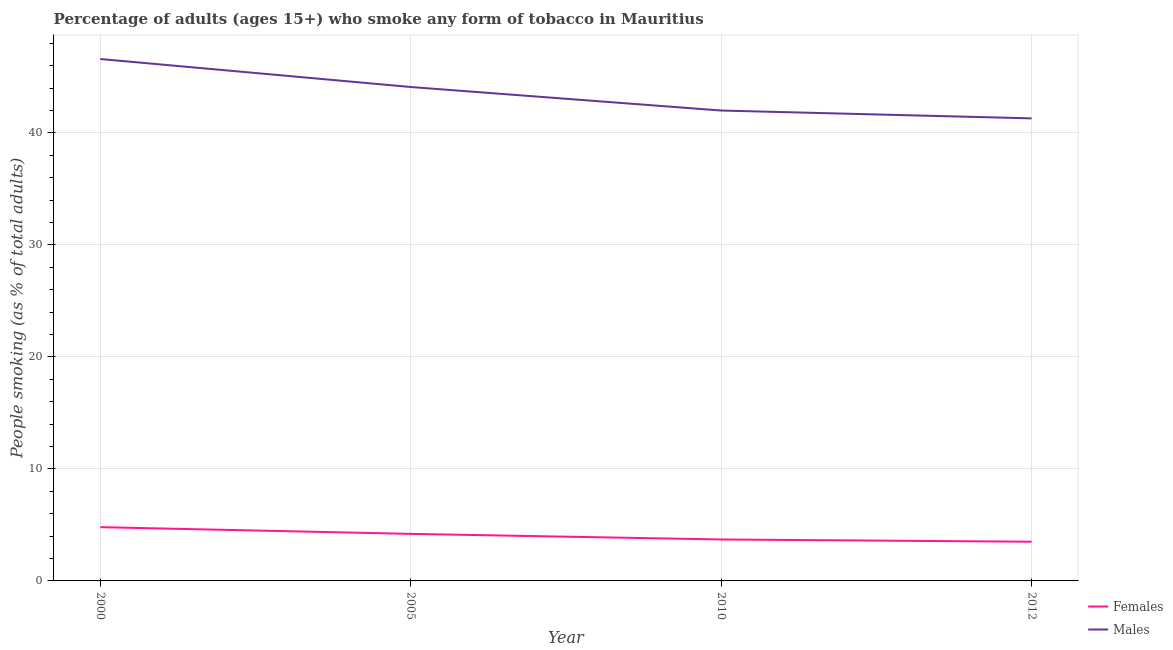
| Year | Females | Males |
 | --- | --- | --- |
 | 2000 | 4.8 | 46.6 |
 | 2005 | 4.2 | 44.1 |
 | 2010 | 3.7 | 42 |
 | 2012 | 3.5 | 41.3 |